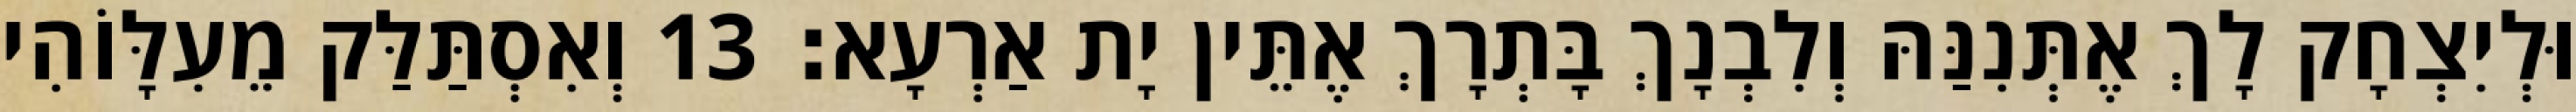
וּלְיִצְחָק לָךְ אֶתְּנִנַּהּ וְלִבְנָךְ בָּתְרָךְ אֶתֵּין יָת אַרְעָא׃ 13 וְאִסְתַּלַּק מֵעִלָּוֹהִי